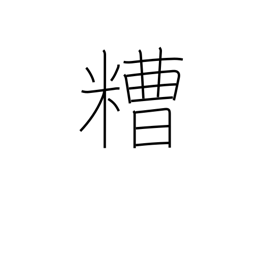
Meaning: grounds